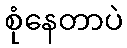
စုံနေတာပဲ